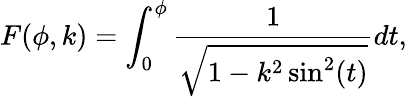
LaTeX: F(\phi,k)=\int_{0}^{\phi}{\frac{1}{\sqrt{1-k^{2}\sin^{2}(t)}}}dt,